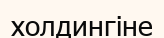
холдингіне